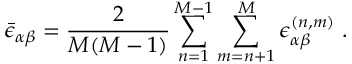
\bar { \epsilon } _ { \alpha \beta } = \frac { 2 } { M ( M - 1 ) } \sum _ { n = 1 } ^ { M - 1 } \sum _ { m = n + 1 } ^ { M } \epsilon _ { \alpha \beta } ^ { ( n , m ) } ~ .